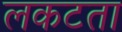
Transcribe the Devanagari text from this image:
लकटता